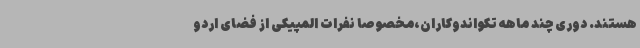
هستند. دوری چند ماهه تکواندوکاران،مخصوصا نفرات المپیکی از فضای اردو